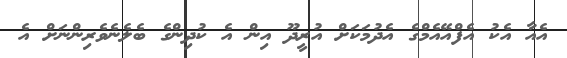
އެއާ އެކު އެފްްއޭއެމްގެ އެދުމަކަށް އުރީދޫ އިން އެ ކުދިންގެ ބެލެނެވެރިންނަށް އެ